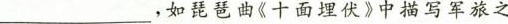
________，如琵琶曲《十面埋伏》中描写军旅之